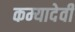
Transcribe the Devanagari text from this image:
कम्यादेवी